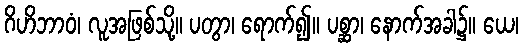
ဂိဟိဘာဝံ၊ လူအဖြစ်သို့။ ပတွာ၊ ရောက်၍။ ပစ္ဆာ၊ နောက်အခါ၌။ ယေ၊